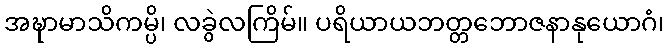
အဍ္ဎာမာသိကမ္ပိ၊ လခွဲလကြိမ်။ ပရိယာယဘတ္တဘောဇနာနုယောဂံ၊